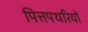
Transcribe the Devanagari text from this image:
पित्तपथरियों